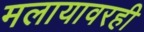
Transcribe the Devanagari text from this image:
मलायावरही